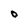
Character: O